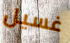
غسيل